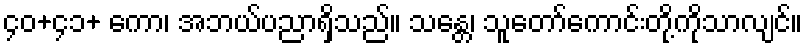
၄၀+၄၁+ ကော၊ အဘယ်ပညာရှိသည်။ သန္တေ၊ သူတော်ကောင်းတို့ကိုသာလျင်။